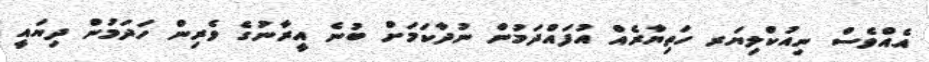
އެއްވެސް ނިއުކްލިޔަރ ހަތިޔާރެއް އުފައްދަމުން ނުދާކަމަށް ބުނެ އީރާނުގެ ވެރިން ހަދަމުން ދިޔައީ